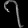
Digit: ၇